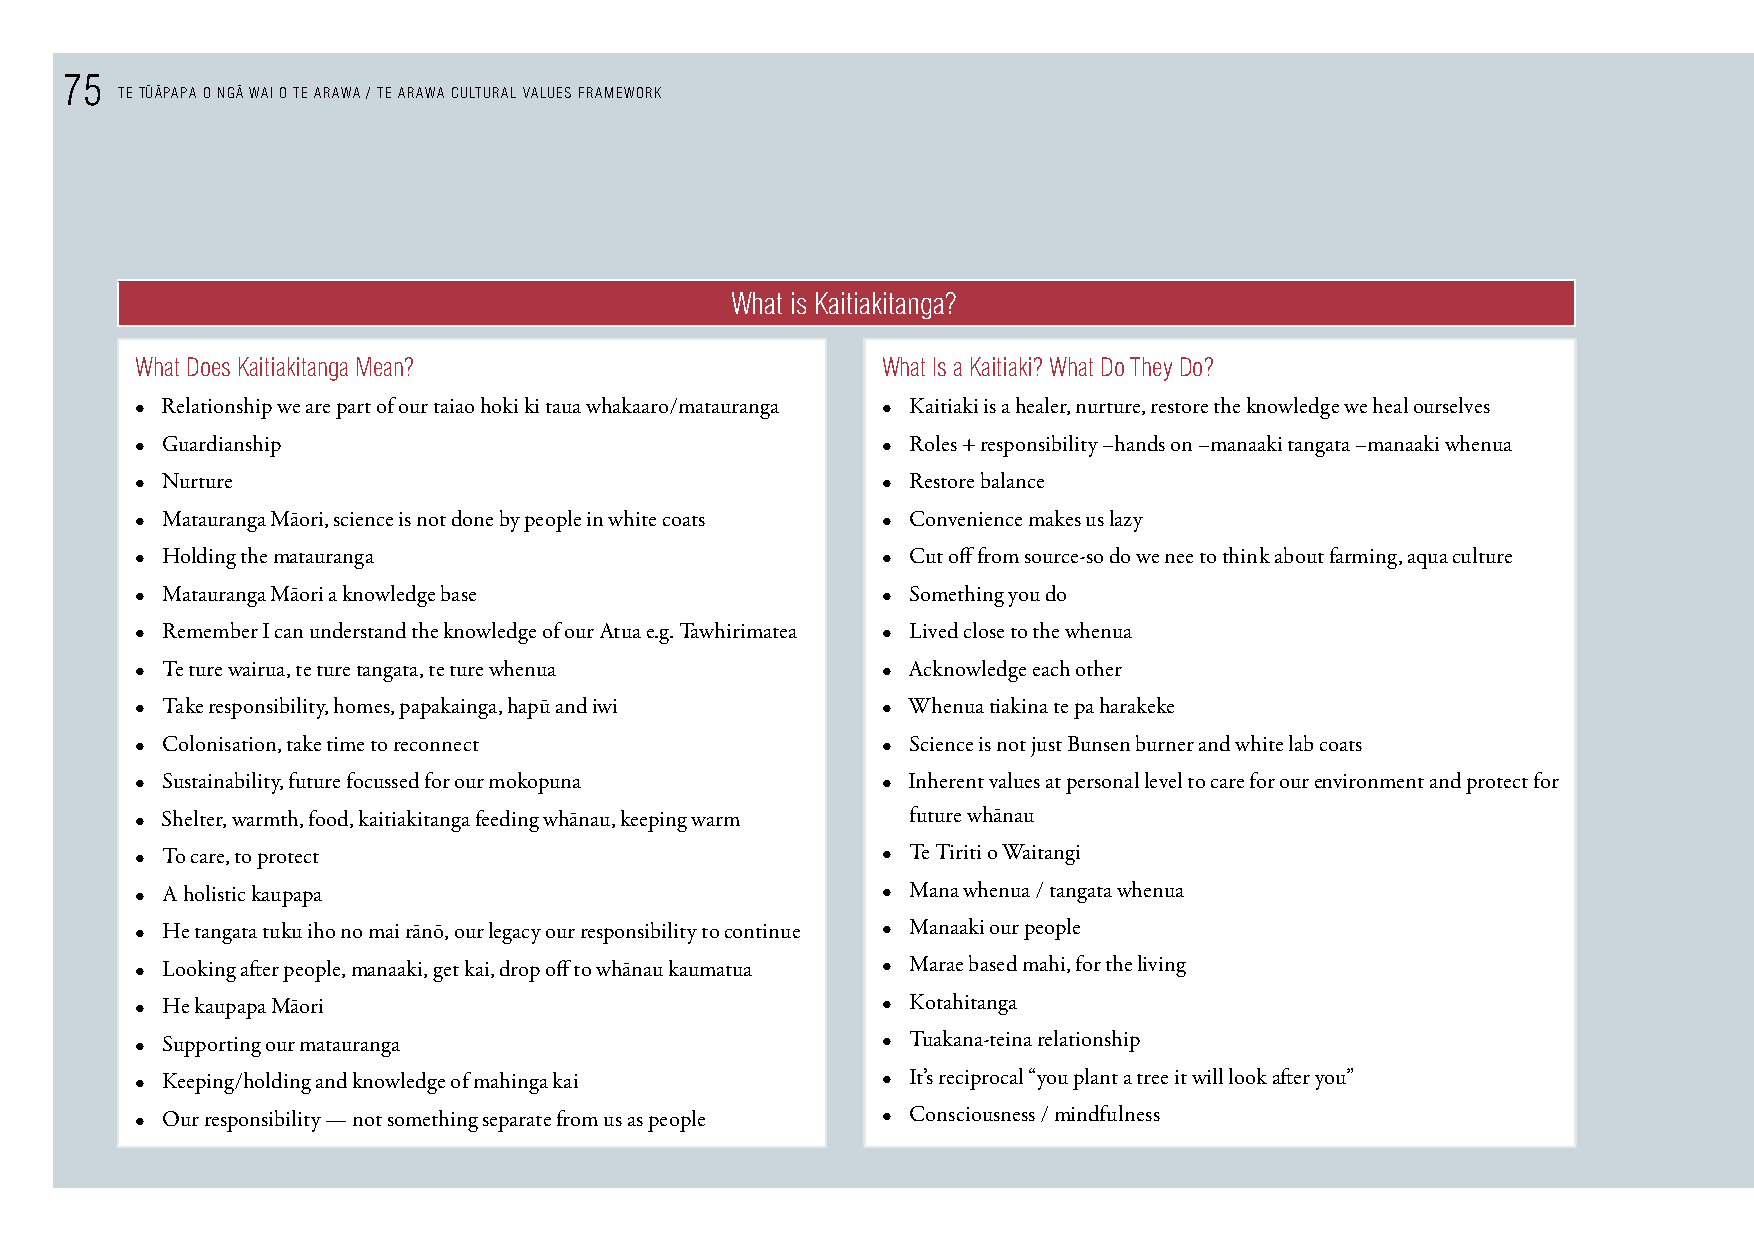
75    - -   -
 TE TUAPAPA O NGA WAI O TE ARAWA / TE ARAWA CULTURAL VALUES FRAMEWORK
 What is Kaitiakitanga?
 What does Kaitiakitanga Mean?                    What Is a Kaitiaki? What do They do?
 • Relationship we are part of our taiao hoki ki taua whakaaro/matauranga • Kaitiaki is a healer, nurture, restore the knowledge we heal ourselves
 • Guardianship                                   • Roles + responsibility –hands on –manaaki tangata –manaaki whenua
 • Nurture                                        • Restore balance
 • Matauranga Māori, science is not done by people in white coats • Convenience makes us lazy
 • Holding the matauranga                         • Cut off from source-so do we nee to think about farming, aqua culture
 • Matauranga Māori a knowledge base              • Something you do
 • Remember I can understand the knowledge of our Atua e.g. Tawhirimatea • Lived close to the whenua
 • Te ture wairua, te ture tangata, te ture whenua • Acknowledge each other
 • Take responsibility, homes, papakainga, hapū and iwi • Whenua tiakina te pa harakeke
 • Colonisation, take time to reconnect           • Science is not just Bunsen burner and white lab coats
 • Sustainability, future focussed for our mokopuna • Inherent values at personal level to care for our environment and protect for
 • Shelter, warmth, food, kaitiakitanga feeding whānau, keeping warm future whānau
 • To care, to protect                            • Te Tiriti o Waitangi
 • A holistic kaupapa                             • Mana whenua / tangata whenua
 • He tangata tuku iho no mai rānō, our legacy our responsibility to continue • Manaaki our people
 • Looking after people, manaaki, get kai, drop off to whānau kaumatua • Marae based mahi, for the living
 • He kaupapa Māori                               • Kotahitanga
 • Supporting our matauranga                      • Tuakana-teina relationship
 • Keeping/holding and knowledge of mahinga kai   • It’s reciprocal “you plant a tree it will look after you”
 • Our responsibility — not something separate from us as people • Consciousness / mindfulness